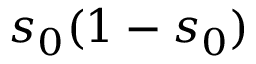
s _ { 0 } ( 1 - s _ { 0 } )